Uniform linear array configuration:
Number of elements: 24
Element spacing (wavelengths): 0.5
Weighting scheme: hann
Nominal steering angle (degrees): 15
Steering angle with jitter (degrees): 14.009
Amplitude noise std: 0.05
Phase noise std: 0.05

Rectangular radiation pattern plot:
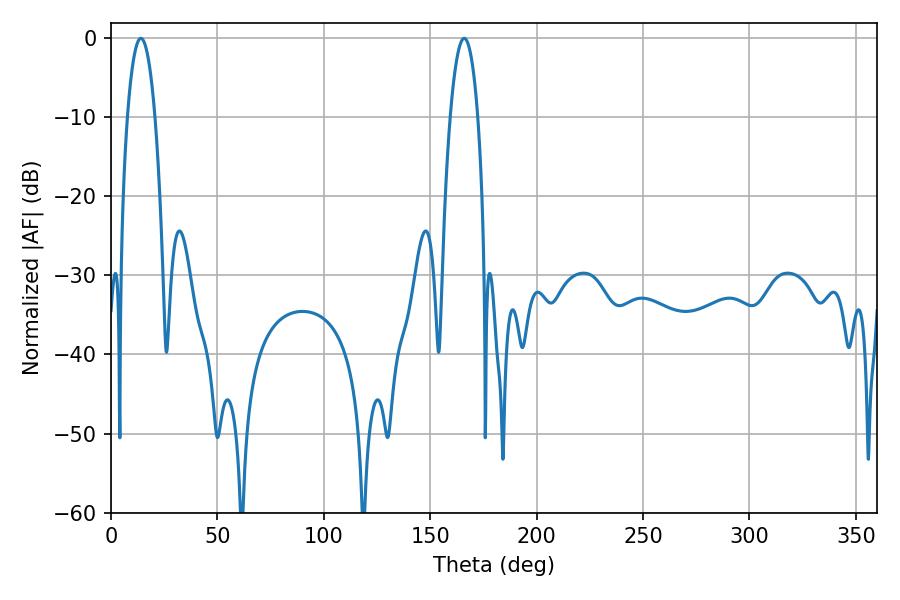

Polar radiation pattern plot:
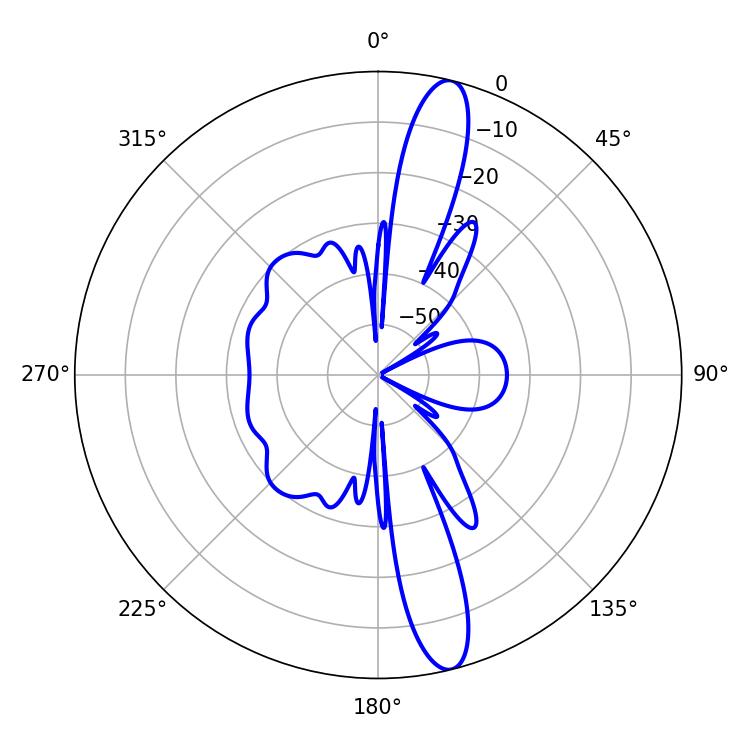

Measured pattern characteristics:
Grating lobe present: FALSE
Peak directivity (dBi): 14.865
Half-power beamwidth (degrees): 7.2
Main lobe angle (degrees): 14.04